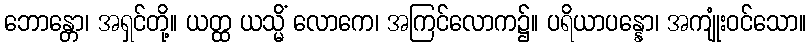
ဘောန္တော၊ အရှင်တို့။ ယတ္ထ ယသ္မိံ လောကေ၊ အကြင်လောက၌။ ပရိယာပန္နော၊ အကျုံးဝင်သော။